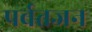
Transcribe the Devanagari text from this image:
पर्वतजन